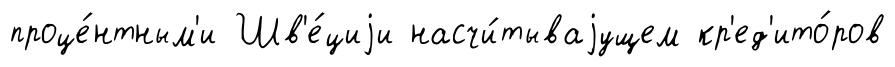
проце́нтным'и Шв'е́циjи насчи́тываjущем кр'ед'ито́ров